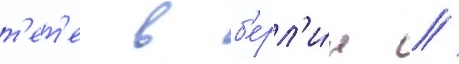
т'ет'е в б'ерл'и́н //